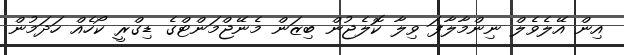
އިން އޭލެވެލް ނިންމާލާފަ ވިލާ ކޮލެޖުން ބިޒަން މެނޭޖްމަންޓްގެ ޑިގްރީ ކޯހެއް ހަދަމުން